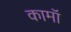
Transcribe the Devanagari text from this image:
कामॉ